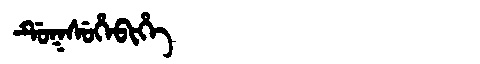
Manchu: ᡩᡠᡴᠰᡠᡥᡝᠪᡳᡥᡝ
Romanization: DUKSUHEBIHE